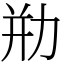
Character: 㔙